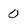
Character: 0